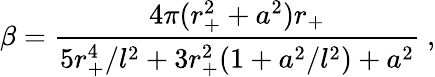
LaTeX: \beta={\frac{4\pi(r_{+}^{2}+a^{2})r_{+}}{5r_{+}^{4}/l^{2}+3r_{+}^{2}(1+a^{2}/l^{2})+a^{2}}}\ ,